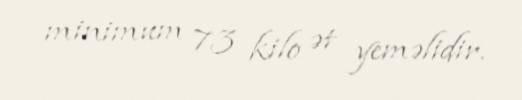
minimum 73 kilo ət yeməlidir.